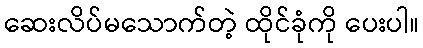
ဆေးလိပ်မသောက်တဲ့ ထိုင်ခုံကို ပေးပါ။